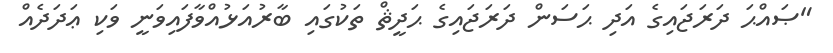
"ޞައްޙަ ދަރަޖައިގެ އަދި ޙަސަން ދަރަޖައިގެ ޙަދީޘް ތަކުގައި ބާރުއަޅުއްވާފައިވަނީ ވަކި ޢަދަދެއް